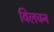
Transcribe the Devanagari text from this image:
विलचन